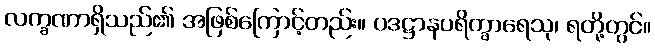
လက္ခဏာရှိသည်၏ အဖြစ်ကြောင့်တည်း။ ပဒဋ္ဌာနပရိက္ခာရေသု၊ ရတို့တွင်။